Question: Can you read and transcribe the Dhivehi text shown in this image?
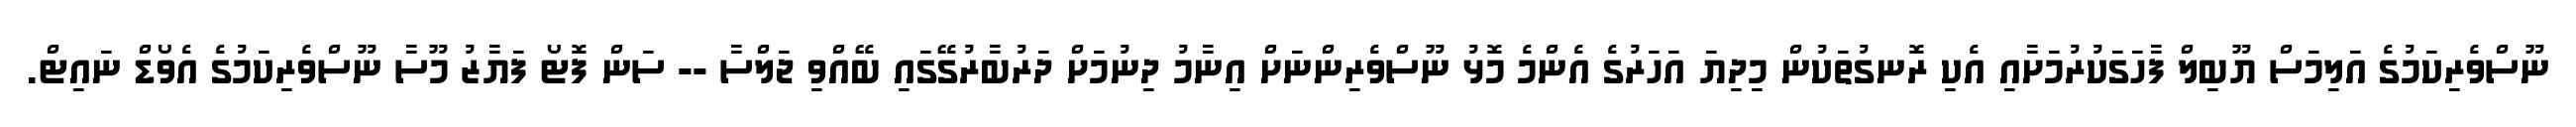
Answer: ނޫސްވެރިކަމުގެ އަލިމަސް ޔޫބިލް ފާހަގަކުރުމަށާއި އެކި ރޮނގުތަކުން މިދިޔަ އަހަރުގެ އެންމެ މޮޅު ނޫސްވެރިންނަށް އިނާމު ދިނުމަށް ދަރުބާރުގޭގައި ބޭއްވި ޖަލްސާ -- ސަން ފޮޓޯ ފަޔާޒު މޫސާ ނޫސްވެރިކަމުގެ އެވޯޑް ނައިޓް.